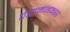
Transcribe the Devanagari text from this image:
पैरामाइक्सो